Civil Veterinary Department Bihar reports 1936-40 - 1936-1940
Year: 1936
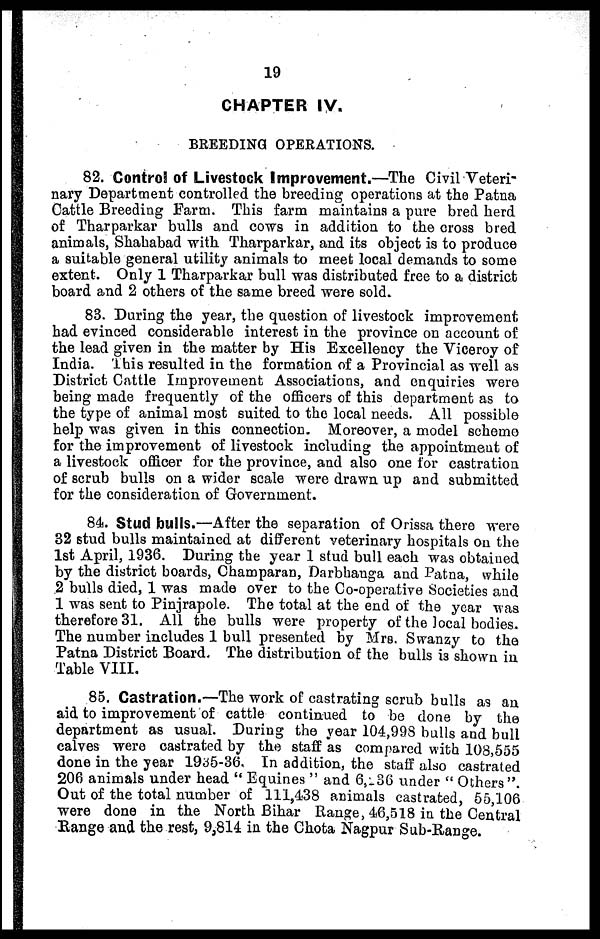
19
CHAPTER IV.
BREEDING OPERATIONS.
82. Control of Livestock Improvement.—The Civil Veteri-
nary Department controlled the breeding operations at the Patna
Cattle Breeding Farm. This farm maintains a pure bred herd
of Tharparkar bulls and cows in addition to the cross bred
animals, Shahabad with Tharparkar, and its object is to produce
a suitable general utility animals to meet local demands to some
extent. Only 1 Tharparkar bull was distributed free to a district
board and 2 others of the same breed were sold.
83. During the year, the question of livestock improvement
had evinced considerable interest in the province on account of
the lead given in the matter by His Excellency the Viceroy of
India. This resulted in the formation of a Provincial as well as
District Cattle Improvement Associations, and enquiries were
being made frequently of the officers of this department as to
the type of animal most suited to the local needs. All possible
help was given in this connection. Moreover, a model scheme
for the improvement of livestock including the appointment of
a livestock officer for the province, and also one for castration
of scrub bulls on a wider scale were drawn up and submitted
for the consideration of Government.
84. Stud bulls.—After the separation of Orissa there were
32 stud bulls maintained at different veterinary hospitals on the
1st April, 1936. During the year 1 stud bull each was obtained
by the district boards, Champaran, Darbhauga and Patna, while
2 bulls died, 1 was made over to the Co-operative Societies and
1 was sent to Pinjrapole. The total at the end of the year was
therefore 31. All the bulls were property of the local bodies.
The number includes 1 bull presented by Mrs. Swanzy to the
Patna District Board. The distribution of the bulls is shown in
Table VIII.
85. Castration.—The work of castrating scrub bulls as an
aid to improvement of cattle continued to be done by the
department as usual. During the year 104,993 bulls and bull
calves were castrated by the staff as compared with 103,555
done in the year 1935-36. In addition, the staff also castrated
206 animals under head "Equines" and 6,236 under "Others"
Out of the total number of 111,438 animals castrated, 55,106
were done in the North Bihar Range, 46,518 in the Central
Range and the rest, 9,814 in the Chota Nagpur Sub-Range.